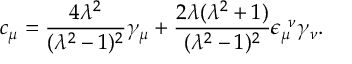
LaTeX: c _ { \mu } = \frac { 4 \lambda ^ { 2 } } { ( \lambda ^ { 2 } - 1 ) ^ { 2 } } \gamma _ { \mu } + \frac { 2 \lambda ( \lambda ^ { 2 } + 1 ) } { ( \lambda ^ { 2 } - 1 ) ^ { 2 } } \epsilon _ { \mu } ^ { ~ \nu } \gamma _ { \nu } .